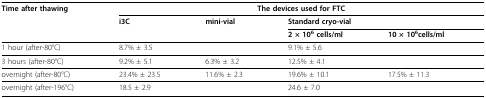
<table><thead><tr><td><b>Time after thawing</b></td><td colspan="4"><b>The devices used for FTC</b></td></tr><tr><td></td><td><b>i3C</b></td><td><b>mini-vial</b></td><td colspan="2"><b>Standard cryo-vial</b></td></tr><tr><td></td><td></td><td></td><td><b>2 × 10<sup>6 </sup>cells/ml</b></td><td><b>10 × 10<sup>6</sup>cells/ml</b></td></tr></thead><tbody><tr><td>1 hour (after-80°C)</td><td>8.7% ± 3.5</td><td></td><td>9.1% ± 5.6</td><td></td></tr><tr><td>3 hours (after-80°C)</td><td>9.2% ± 5.1</td><td>6.3% ± 3.2</td><td>12.5% ± 4.1</td><td></td></tr><tr><td>overnight (after-80°C)</td><td>23.4% ± 23.5</td><td>11.6% ± 2.3</td><td>19.6% ± 10.1</td><td>17.5% ± 11.3</td></tr><tr><td>overnight (after-196°C)</td><td>18.5 ± 2.9</td><td></td><td>24.6 ± 7.0</td><td></td></tr></tbody></table>